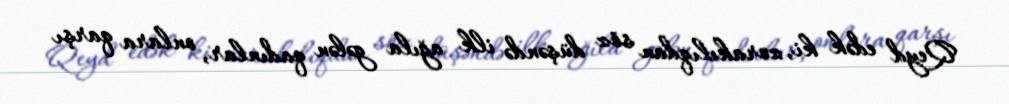
Qeyd edək ki, zorakılıqdan söz düşəndə ilk ağıla gələn qadınlar, onlara qarşı